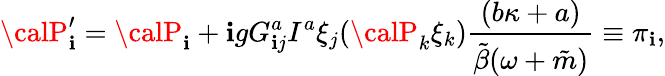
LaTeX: {\calP}_{\mathbf{i}}^{\prime}={\calP}_{\mathbf{i}}+\mathbf{i}gG_{\mathbf{i}j}^{a}I^{a}\xi_{j}({\calP}_{k}\xi_{k})\frac{{(b\kappa+a)}}{{\tilde{{\beta}}(\omega+\tilde{{m}})}}\equiv\pi_{\mathbf{i}},